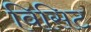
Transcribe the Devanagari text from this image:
विसिट